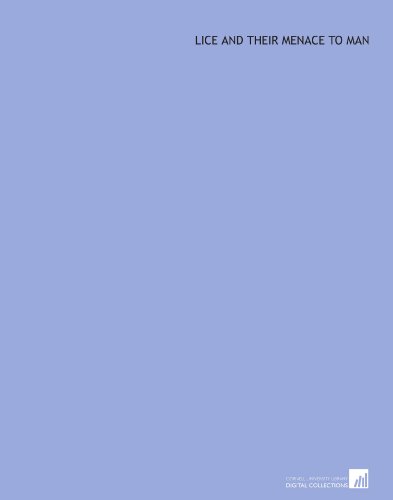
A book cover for Lice and their menace to man; Ll. Lloyd; Health, Fitness & Dieting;